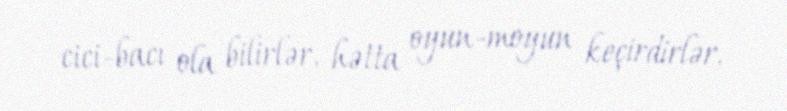
cici-bacı ola bilirlər, hətta oyun-moyun keçirdirlər.